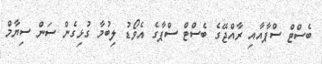
ބެސްޓް ސްޕާއާއި ރާއްޖޭގެ ބެސްޓް ސްޕާގެ އެވޯޑު ލިބުމާ ގުޅިގެން ސަން ސިޔާމް